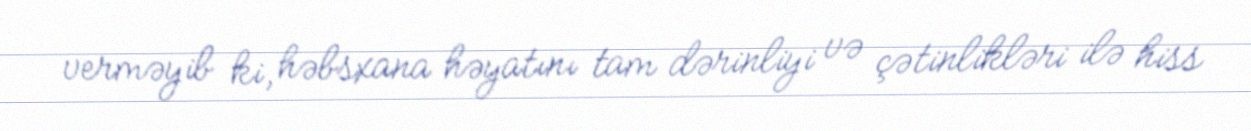
verməyib ki, həbsxana həyatını tam dərinliyi və çətinlikləri ilə hiss